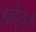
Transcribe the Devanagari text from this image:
छोड़्ने